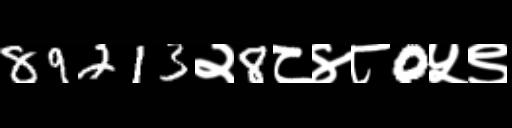
Text: 89213२8८४८0५९